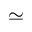
\simeq